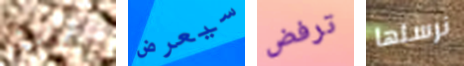
يقترح سيعرض ترفض نرسلها